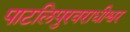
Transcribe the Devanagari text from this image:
पाटलिपुरवराधीश्वर